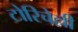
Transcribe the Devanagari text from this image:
टोरिचेल्ली